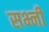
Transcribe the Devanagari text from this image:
सभ्नी